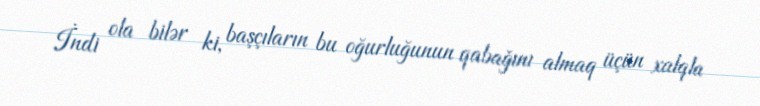
İndi ola bilər ki, başçıların bu oğurluğunun qabağını almaq üçün xalqla